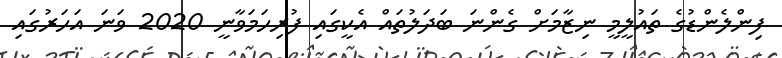
ފިންލެންޑުގެ ތައުލީމީ ނިޒާމަށް ގެންނަ ބަދަލުތައް އެކީގައި ފުރިހަމަވާނީ 2020 ވަނަ އަހަރުގައި